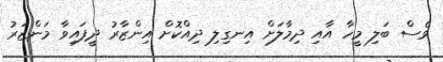
ވެސް ބަލި މީހާ އާއި ދިމާލަށް އިނގިލި ދިއްކޮށް އިންޒާރު ދީފައިވާ މަންޒަރު